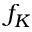
f _ { K }